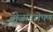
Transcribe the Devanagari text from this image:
बीजांडरोपण